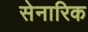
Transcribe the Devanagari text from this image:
सेनारिक